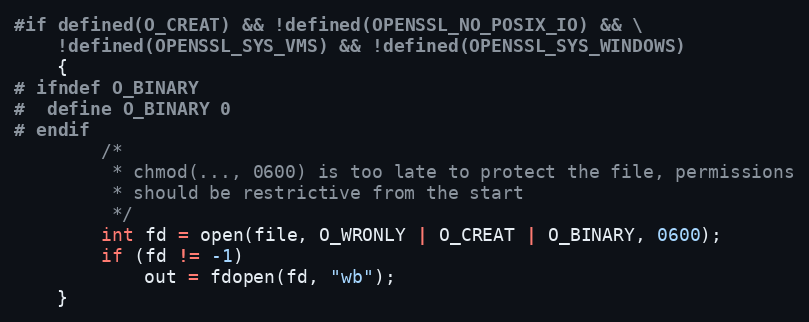
Language: C
#if defined(O_CREAT) && !defined(OPENSSL_NO_POSIX_IO) && \
    !defined(OPENSSL_SYS_VMS) && !defined(OPENSSL_SYS_WINDOWS)
    {
# ifndef O_BINARY
#  define O_BINARY 0
# endif
        /*
         * chmod(..., 0600) is too late to protect the file, permissions
         * should be restrictive from the start
         */
        int fd = open(file, O_WRONLY | O_CREAT | O_BINARY, 0600);
        if (fd != -1)
            out = fdopen(fd, "wb");
    }